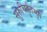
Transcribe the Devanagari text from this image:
सुरुचिर्हुतभुग